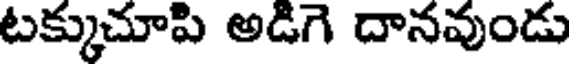
టక్కుచూపి అడిగె దానవుండు